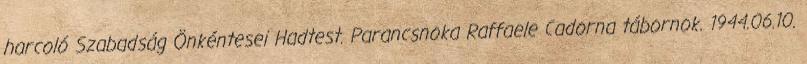
harcoló Szabadság Önkéntesei Hadtest. Parancsnoka Raffaele Cadorna tábornok. 1944.06.10.